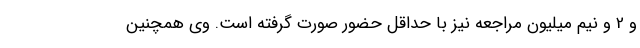
و 2 و نیم میلیون مراجعه نیز با حداقل حضور صورت گرفته است. وی همچنین